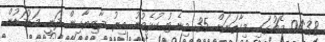
04:38 މެޗުގައި މިހާތަނަށް 35 މިނެޓު ކުޅެވުނު އިރު މާޒިޔާއިން ދަނީ މަޑުމަޑުން